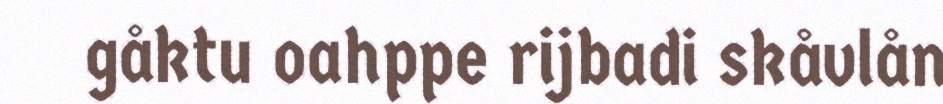
gåktu oahppe rijbadi skåvlån